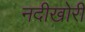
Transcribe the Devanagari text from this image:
नदीखोरी